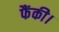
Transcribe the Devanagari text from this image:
फैंकी।